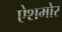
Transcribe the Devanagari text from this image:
ऐशमोर